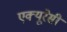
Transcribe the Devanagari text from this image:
एक्‍यूरेसी